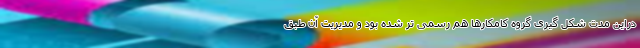
دراین مدت شکل گیری گروه کامکارها هم رسمی تر شده بود و مدیریت آن طبق